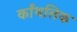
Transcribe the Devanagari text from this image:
र्कांथलिक